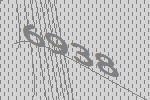
6938